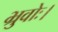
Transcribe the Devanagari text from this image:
भ्रुवोः।